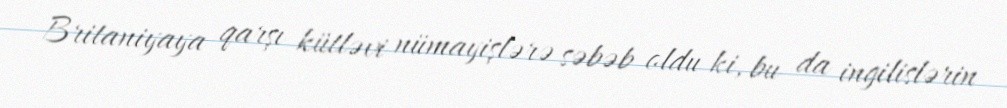
Britaniyaya qarşı kütləvi nümayişlərə səbəb oldu ki, bu da ingilislərin